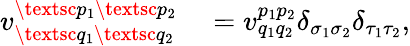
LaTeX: \begin{array}{rl}{{v}_{\textsc{q}_{1}\textsc{q}_{2}}^{\textsc{p}_{1}\textsc{p}_{2}}}&{{}={v}_{q_{1}q_{2}}^{p_{1}p_{2}}\delta_{\sigma_{1}\sigma_{2}}\delta_{\tau_{1}\tau_{2}},}\end{array}